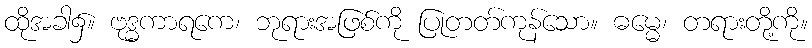
ထိုအခါ၌။ ဗုဒ္ဓကာရကေ၊ ဘုရားအဖြစ်ကို ပြုတတ်ကုန်သော။ ဓမ္မေ၊ တရားတို့ကို။